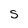
Character: S